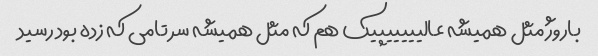
باروژ مثل همیشه عالیییییپیک هم که مثل همیشه سر تامی که زده بود رسید